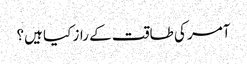
آمر کی طاقت کے راز کیا ہیں؟